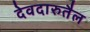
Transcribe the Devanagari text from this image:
देवदारुतैल